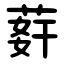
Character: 䓸